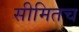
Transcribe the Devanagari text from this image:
सीमितच